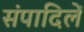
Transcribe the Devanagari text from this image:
संपादिलें